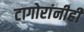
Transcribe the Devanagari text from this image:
टागोरांनीही